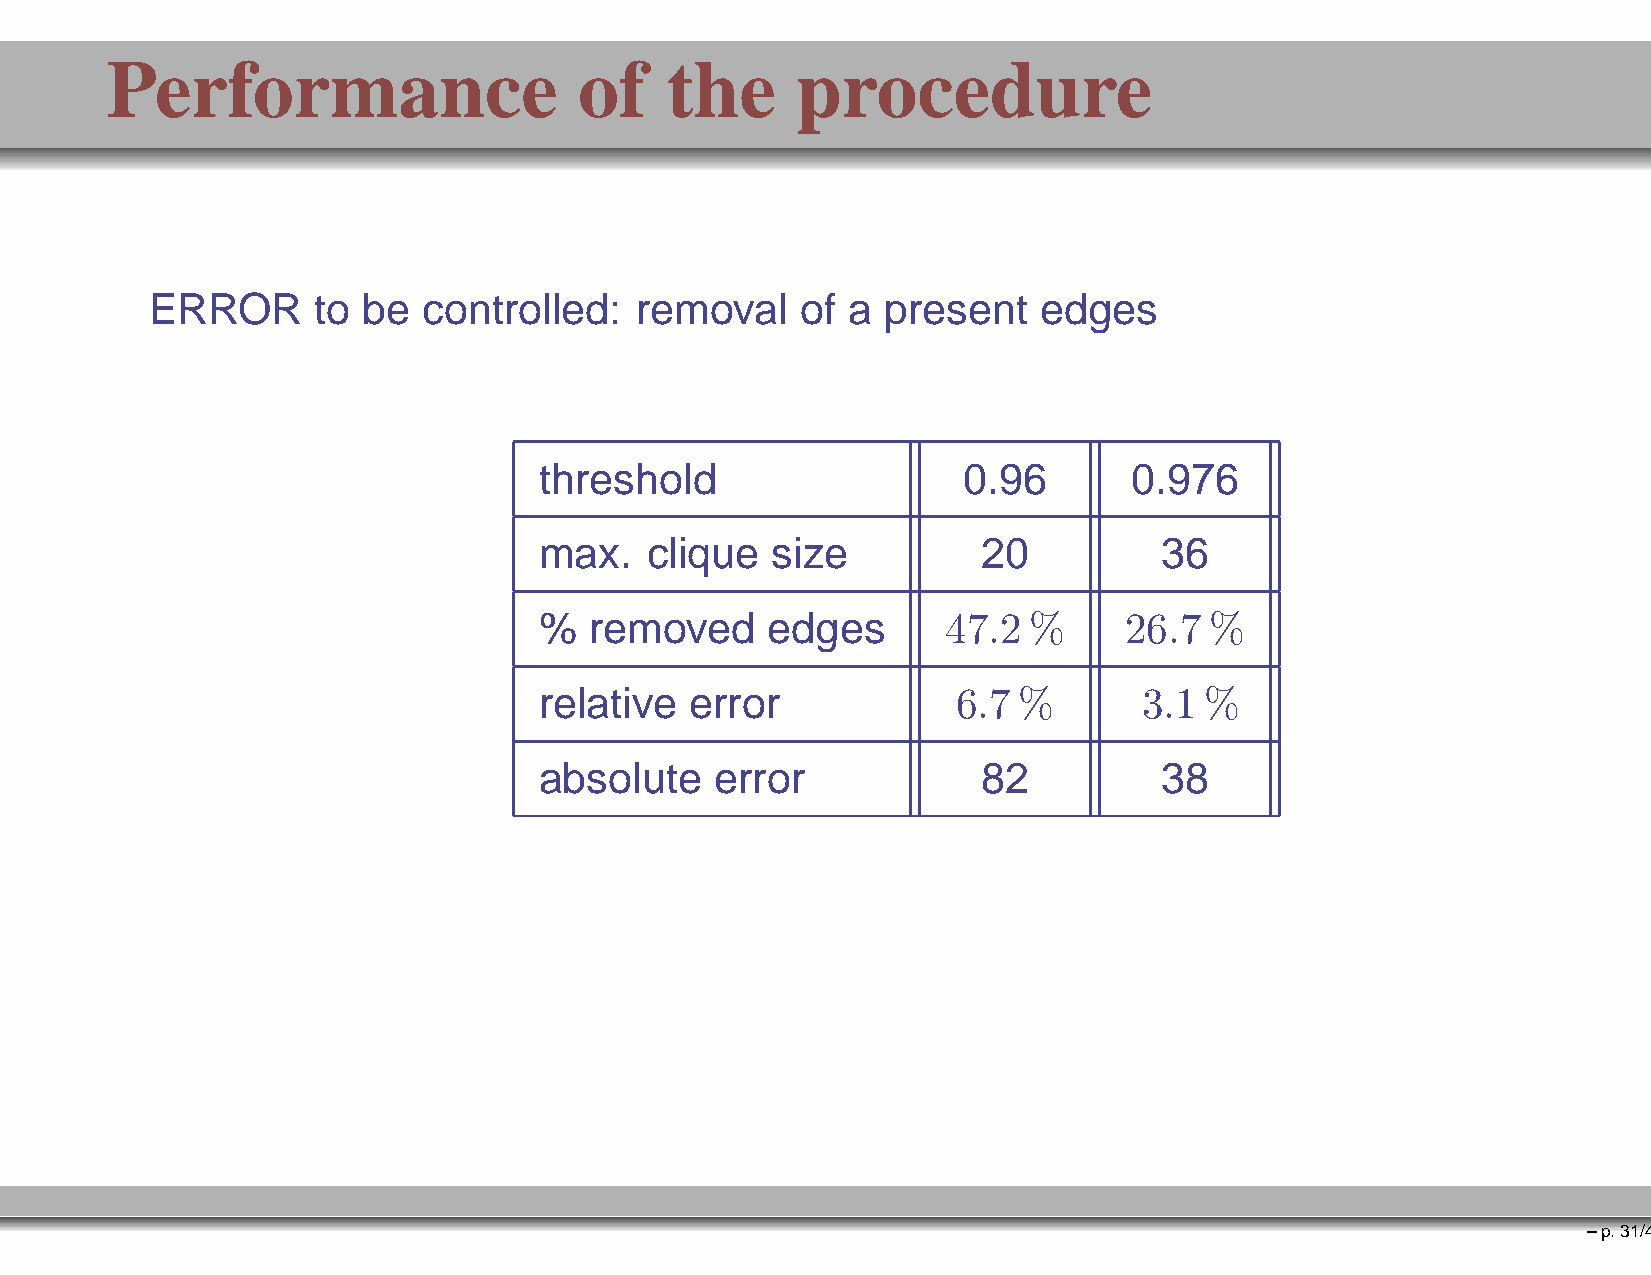
Performance                    of    the      procedure
 ERROR      to be  controlled:   removal    of a present    edges
 threshold                   0.96       0.976
 max.   clique  size          20          36
 %  removed     edges       47.2 %     26.7  %
 relative  error            6.7 %        3.1 %
 absolute   error             82          38
 –p.31/41